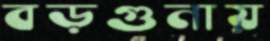
বড়গুনায়